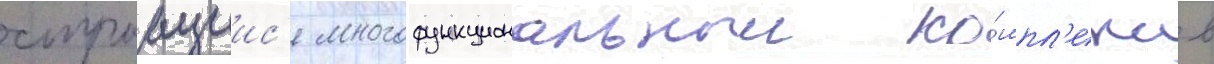
строащиис'я многофункциональныи ко́мпл'екс в